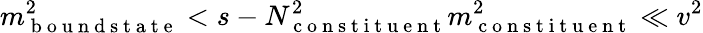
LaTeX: m_{\mathrm{~b~o~u~n~d~s~t~a~t~e~}}^{2}<s-N_{\mathrm{~c~o~n~s~t~i~t~u~e~n~t~}}^{2}m_{\mathrm{~c~o~n~s~t~i~t~u~e~n~t~}}^{2}\ll v^{2}